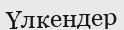
Үлкендер